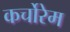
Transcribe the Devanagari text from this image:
कर्चोरेम